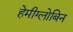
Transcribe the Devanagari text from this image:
हेमीग्लोबिन